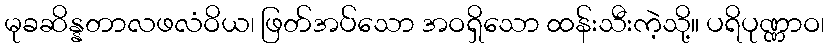
မုခဆိန္နတာလဖလံဝိယ၊ ဖြတ်အပ်သော အဝရှိသော ထန်းသီးကဲ့သို့။ ပရိပုဏ္ဏာဝ၊